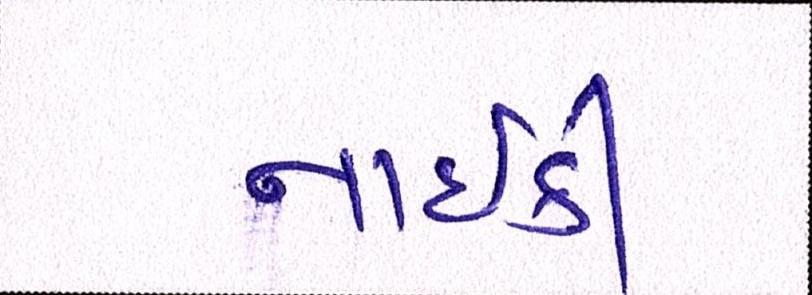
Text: નાઇકી